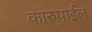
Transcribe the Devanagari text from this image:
कारुपाईल